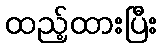
ထည့်ထားပြီး